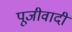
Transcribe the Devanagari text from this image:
पूजीवादी